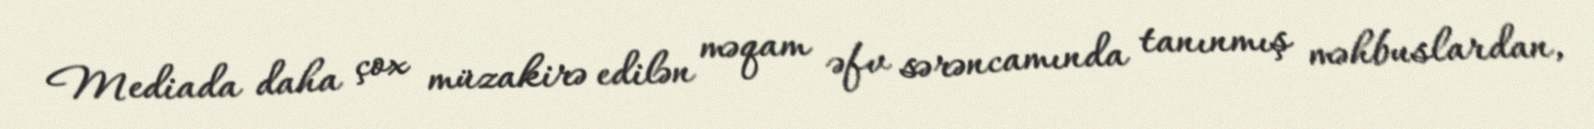
Mediada daha çox müzakirə edilən məqam əfv sərəncamında tanınmış məhbuslardan,